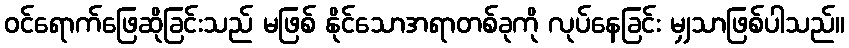
ဝင်ရောက်ဖြေဆိုခြင်းသည် မဖြစ် နိုင်သောအရာတစ်ခုကို လုပ်နေခြင်း မျှသာဖြစ်ပါသည်။